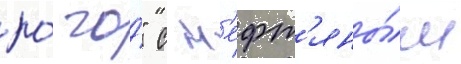
ро́ го́" с н'ефт'яны́м